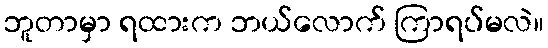
ဘူတာမှာ ရထားက ဘယ်လောက် ကြာရပ်မလဲ။